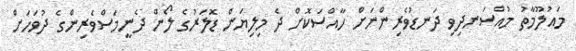
މައުލޫމާތު މުއްސަނދިވި ދަނޑުވެރިންނަށް ހާއްސަކޮށް ދެ މިލިޔަން ޑޮލަރުގެ ލޯން ދެނީމަސްވެރިންގެ ދުވަހަށް